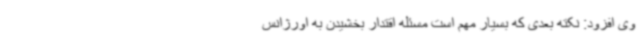
وی افزود: نکته بعدی که بسیار مهم است مسئله اقتدار بخشیدن به اورژانس